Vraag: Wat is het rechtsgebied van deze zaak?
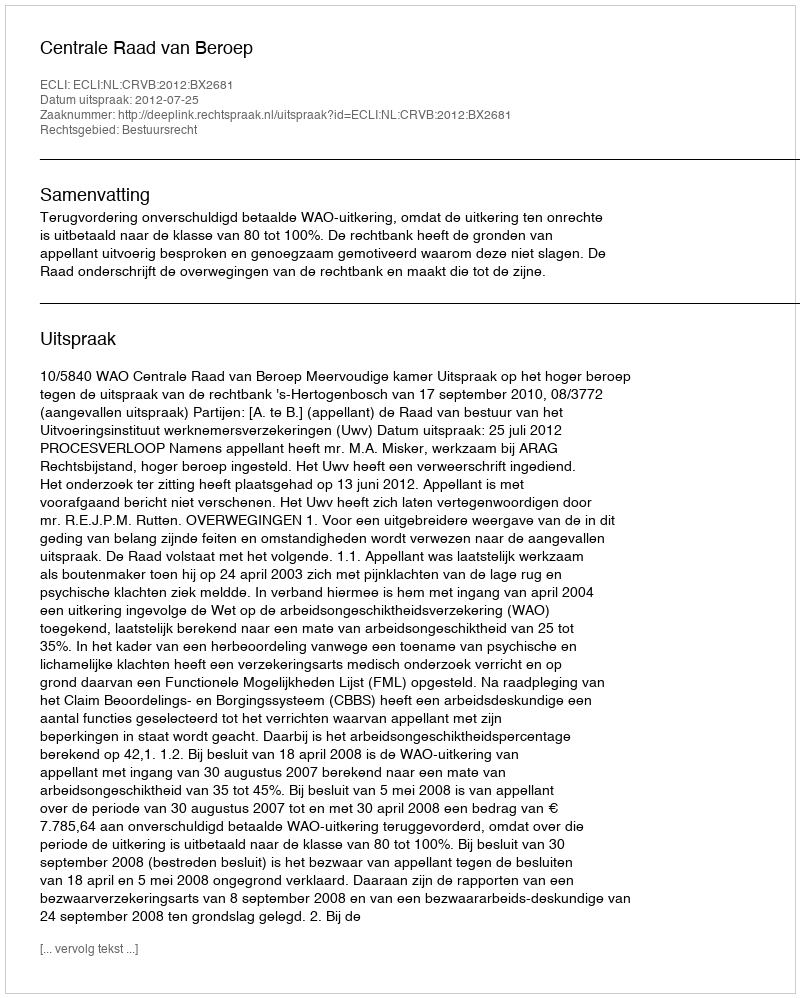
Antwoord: Bestuursrecht